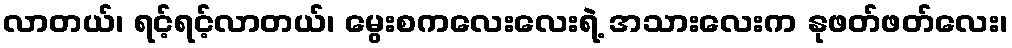
လာတယ်၊ ရင့်ရင့်လာတယ်၊ မွေးစကလေးလေးရဲ့ အသားလေးက နုဖတ်ဖတ်လေး၊